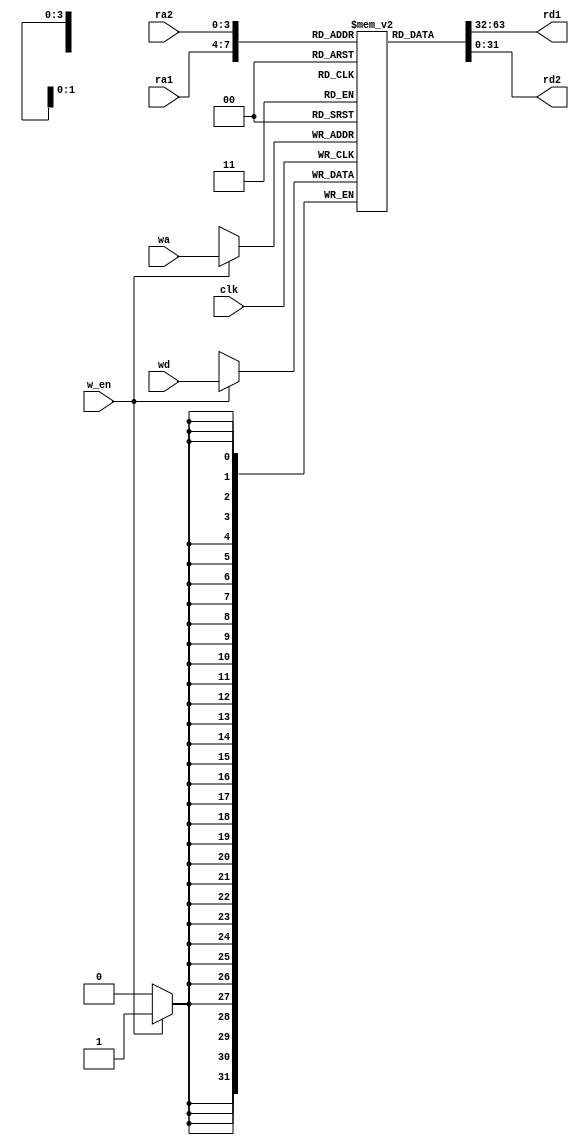
module regbank(input [3:0] ra1, output [31:0] rd1, 
               input [3:0] ra2, output [31:0] rd2,
               input clk, input w_en, 
               input [3:0] wa, input [31:0] wd);
 reg [31:0] r[15:0]; //  16  32 
 assign rd1 = r[ra1]; //  ra1 
 assign rd2 = r[ra2]; //  ra2 
 always @(posedge clk)
 begin
  if (w_en) // w_en=1 
    r[wa] <= wd; //  wd  wa 
 end
endmodule

module main;
reg [3:0] ra1, ra2, wa;
reg clk, w_en;
wire [31:0] rd1, rd2;
reg [31:0] wd;

regbank DUT (ra1, rd1, ra2, rd2, clk, w_en, wa, wd);

initial
begin
  wa = 0;
  ra1 = 0;
  ra2 = 0;
  wd = 0;
  clk = 0;
  w_en = 1;
end

initial #200 ra1 = 0;

always #50 begin
  clk = clk + 1;
  $monitor("%4dns monitor: ra1=%d rd1=%d ra2=%d rd2=%d wa=%d wd=%d", 
           $stime, ra1, rd1, ra2, rd2, wa, wd);
end

always #100 begin
  wa = wa + 1;
  wd = wd + 2;
  ra1 = ra1 + 1;
  ra2 = ra2 - 1;
end

initial #1000 $finish;

endmodule